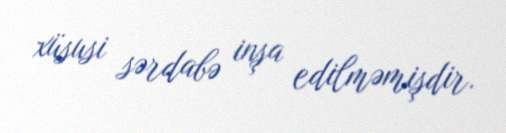
xüsusi sərdabə inşa edilməmişdir.